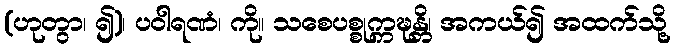
(ဟုတွာ၊ ၍)၊ ပဝါရဏံ၊ ကို။ သစေပစ္စုက္ကဍ္ဎန္တိ၊ အကယ်၍ အထက်သို့